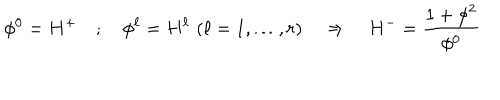
\phi ^ { 0 } = H ^ { + } \quad ; \quad \phi ^ { \ell } = H ^ { \ell } \, \, ( \ell = 1 , \dots , r ) \quad \Rightarrow \quad H ^ { - } = \frac { 1 + \mathbf { \phi } ^ { 2 } } { \phi ^ { 0 } }